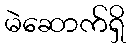
မဲဆောက်ရှိ